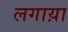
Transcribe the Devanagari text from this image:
लगाय़ा